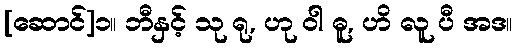
[ဆောင်]၁။ ဘီနှင့် သု ရု, ဟု ဝါ ဓူ, ဟိ လူ ပီ အဒ။